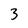
Character: 3